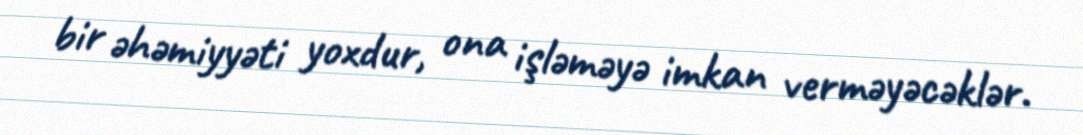
bir əhəmiyyəti yoxdur, ona işləməyə imkan verməyəcəklər.